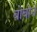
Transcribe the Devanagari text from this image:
बोबोने